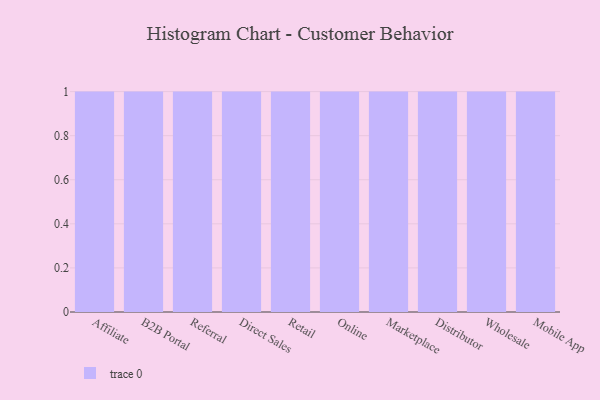
{"axis": {"x": "Channel", "y": "Production Output"}, "legend": [""], "data": [{"x": "Affiliate", "y": 50, "type": ""}, {"x": "B2B Portal", "y": 62, "type": ""}, {"x": "Referral", "y": 72, "type": ""}, {"x": "Direct Sales", "y": 25, "type": ""}, {"x": "Retail", "y": 31, "type": ""}, {"x": "Online", "y": 93, "type": ""}, {"x": "Marketplace", "y": 71, "type": ""}, {"x": "Distributor", "y": 42, "type": ""}, {"x": "Wholesale", "y": 21, "type": ""}, {"x": "Mobile App", "y": 70, "type": ""}]}